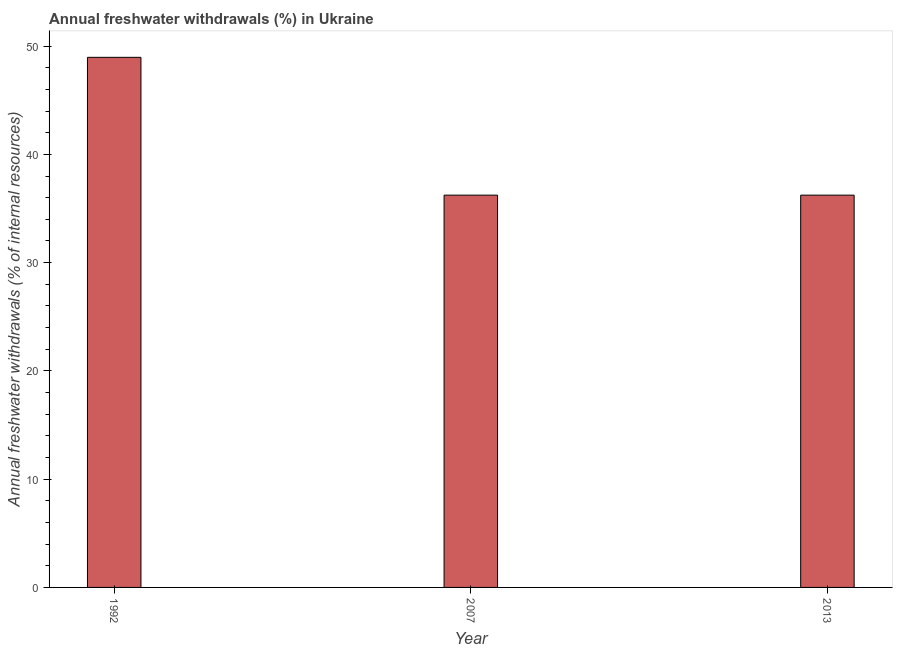
| Year | Annual freshwater withdrawals |
 | --- | --- |
 | 1992 | 49 |
 | 2007 | 36.2 |
 | 2013 | 36.2 |